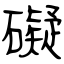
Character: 礙